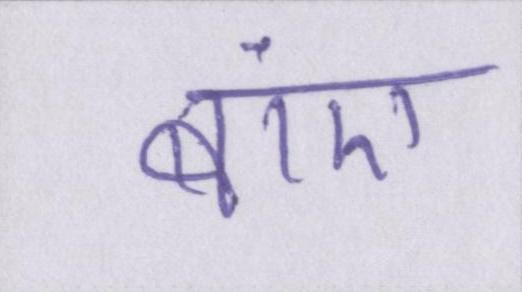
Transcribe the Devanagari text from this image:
बाएं